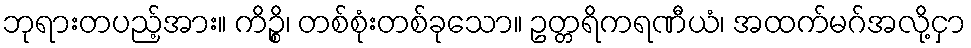
ဘုရားတပည့်အား။ ကိဉ္စိ၊ တစ်စုံးတစ်ခုသော။ ဥတ္တရိကရဏီယံ၊ အထက်မဂ်အလို့ငှာ